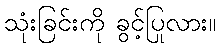
သုံးခြင်းကို ခွင့်ပြုလား။